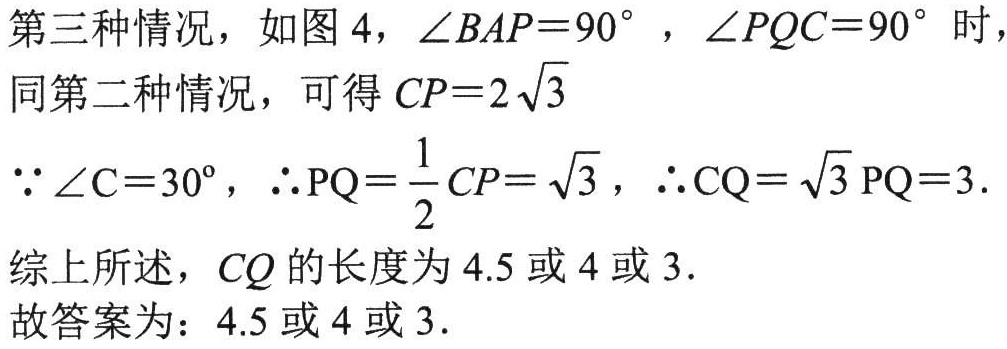
第三种情况，如图 4，\(\angle BAP = 90^{\circ}\) ，\(\angle PQC = 90^{\circ}\) 时，
同第二种情况，可得 \(CP = 2\sqrt{3}\)
\(\because\angle C = 30^{\circ}\)，\(\therefore PQ=\frac{1}{2}CP=\sqrt{3}\)，\(\therefore CQ=\sqrt{3}PQ = 3\).
综上所述，\(CQ\) 的长度为 \(4.5\) 或 \(4\) 或 \(3\).
故答案为：\(4.5\) 或 \(4\) 或 \(3\).